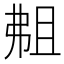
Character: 𫸴